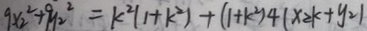
9 x _ { 2 } ^ { 2 } + 9 y _ { 2 } ^ { 2 } = k ^ { 2 } ( 1 + k ^ { 2 } ) + ( 1 + k ^ { 2 } ) 4 ( x _ { 2 } k + y _ { 2 } )